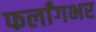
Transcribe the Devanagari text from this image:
फर्लांगभर